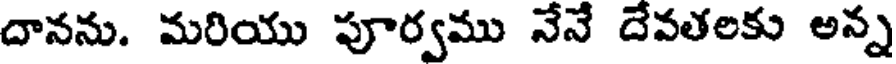
దానను. మరియు పూర్వము నేనే దేవతలకు అన్న